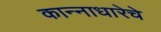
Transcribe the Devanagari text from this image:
कान्नाधारेचे